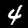
Label: 4